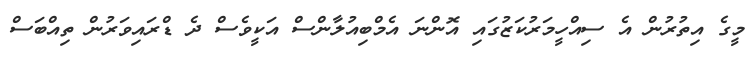
މީގެ އިތުރުން އެ ސިއްހީމަރުކަޒުގައި އޮންނަ އެމްބިއުލާންސް އަކީވެސް ދެ ޑްރައިވަރުން ތިއްބަސް